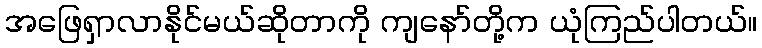
အဖြေရှာလာနိုင်မယ်ဆိုတာကို ကျနော်တို့က ယုံကြည်ပါတယ်။